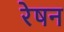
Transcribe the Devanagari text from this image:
रेषन